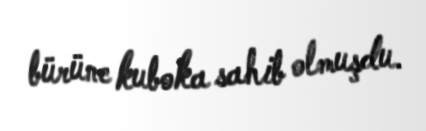
bürünc kuboka sahib olmuşdu.